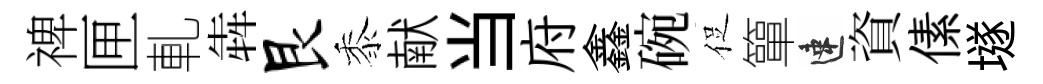
禆匣軋犇艮黍献当府鑫碗促簞速資傃𡑞